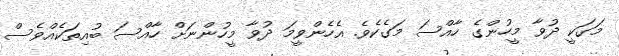
މަގަކީ ދުވާ މީހުންގެ ހާއްސަ މަގެކެވެ. އެހެންވީމަ ދުވާ މީހުންނަށް ހާއްސަ ބުއިތަކެއްވެސް